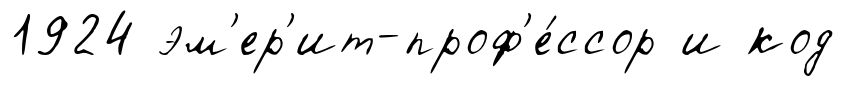
1924 эм'ер'ит-проф'е́ссор и код